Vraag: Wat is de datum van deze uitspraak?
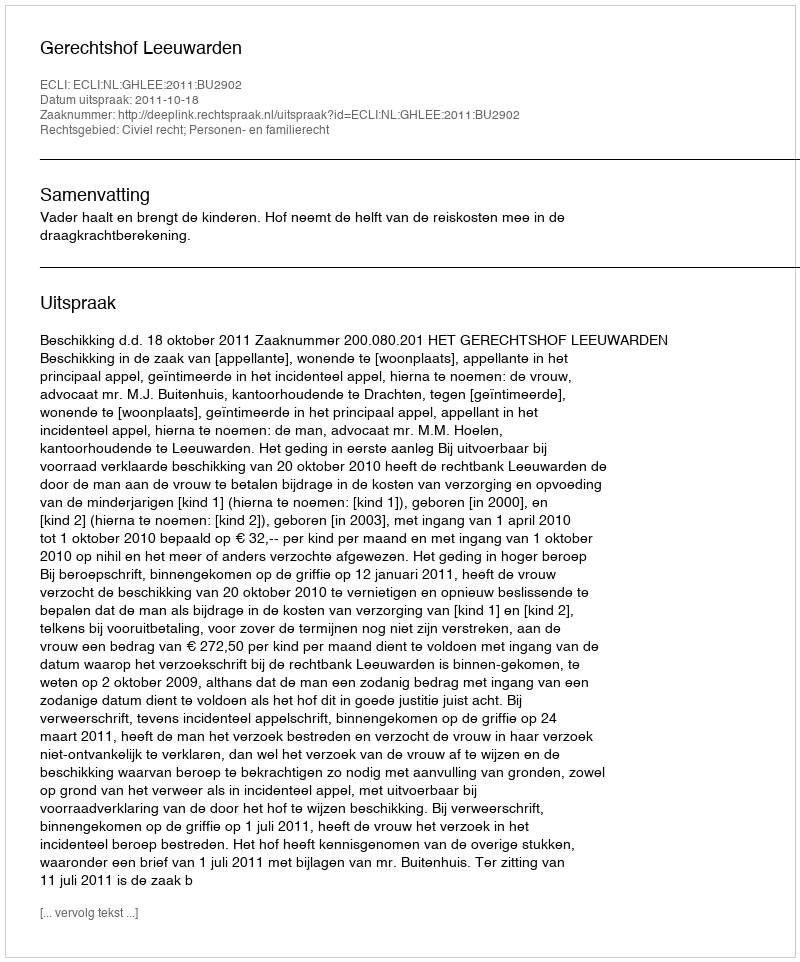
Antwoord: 2011-10-18